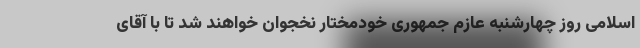
اسلامی روز چهارشنبه عازم جمهوری خودمختار نخجوان خواهند شد تا با آقای